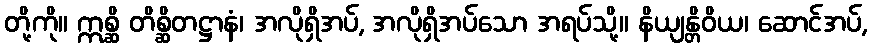
တို့ကို။ ဣစ္ဆိ တိစ္ဆိတဋ္ဌာနံ၊ အလိုရှိအပ်, အလိုရှိအပ်သော အရပ်သို့။ နိယျန္တိဝိယ၊ ဆောင်အပ်,